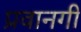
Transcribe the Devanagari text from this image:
प्रवानगी